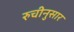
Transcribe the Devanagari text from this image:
रुचीनुसार